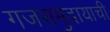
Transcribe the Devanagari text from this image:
गजसमुदायाची